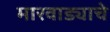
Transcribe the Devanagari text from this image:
मारवाड्याचे